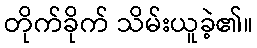
တိုက်ခိုက် သိမ်းယူခဲ့၏။